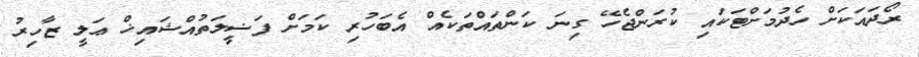
ރޯދައަކަށް ހެދުމަށްޓަކައި ކުރަންޖެހޭ ގިނަ ކަންތައްތަކެއް އެބަހުރި ކަމަށް ފަޟީލަތުއްޝައިޚް ޢަލީ ޒާހިރު